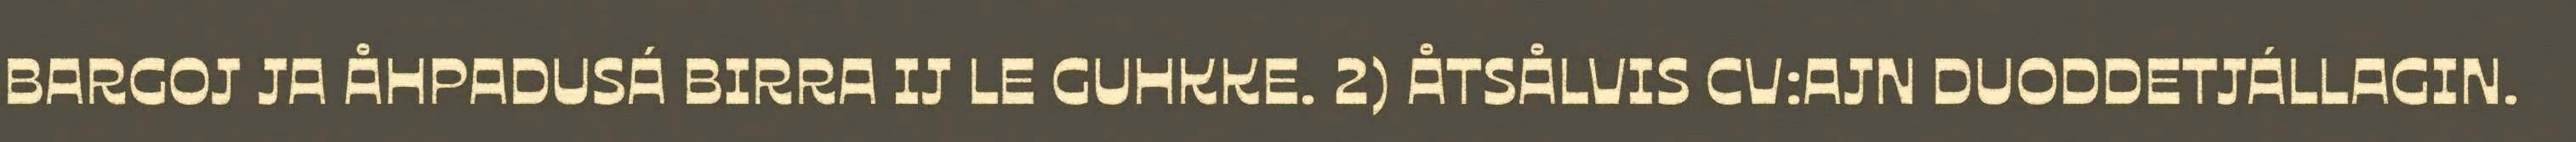
BARGOJ JA ÅHPADUSÁ BIRRA IJ LE GUHKKE. 2) ÅTSÅLVIS CV:AJN DUODDETJÁLLAGIN.